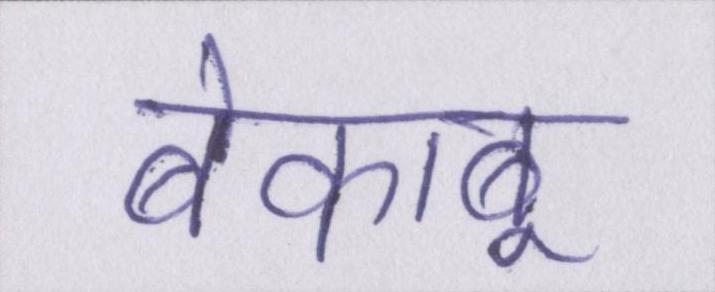
बेकाबू